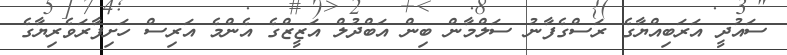
ސައުދީ އަރަބިއްޔާގެ ރަސްގެފާނު ސަލްމާން ބިން އަބްދުލް އަޒީޒްގެ އެންމެ އަރިސް ހަށިފާރަވެރިޔާގެ